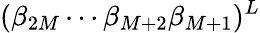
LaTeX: (\beta_{2M}\cdots\beta_{M+2}\beta_{M+1})^{L}